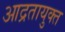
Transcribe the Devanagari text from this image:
आद्रतायुक्त